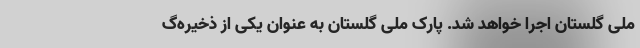
ملی گلستان اجرا خواهد شد. پارک ملی گلستان به عنوان یکی از ذخیره‌گ